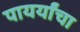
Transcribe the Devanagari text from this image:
पायर्यांचा